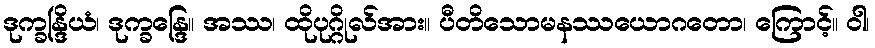
ဒုက္ခန္ဒြိယံ၊ ဒုက္ခန္ဒြေ။ အဿ၊ ထိုပုဂ္ဂိုလ်အား။ ပီတိသောမနဿယောဂတော၊ ကြောင့်။ ဝါ၊